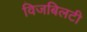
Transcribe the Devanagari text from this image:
विजबिलटी